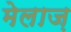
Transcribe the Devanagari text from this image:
मेलाज़